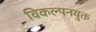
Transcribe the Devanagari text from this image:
विकल्पनयुक्त